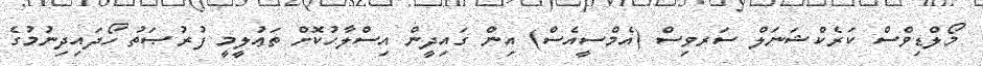
މޯލްޑިވްސް ކަރެކްޝަނަލް ސަރވިސް (އެމްސީއެސް) އިން ގައިދީން އިސްލާހުކޮށް ތަޢުލީމީ ފުރުޞަތު ހޯދައިދިނުމުގެ